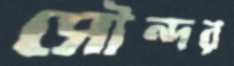
সৌন্দর